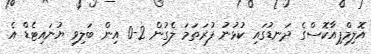
އޮލިމްޕިއާކޮސްގެ ދަނޑުގައި ކުޅުނު ފުރަތަމަ ލެގުން 2-0 އިން ބަލިވި ޔުނައިޓެޑް އެ